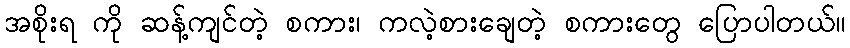
အစိုးရ ကို ဆန့်ကျင်တဲ့ စကား၊ ကလဲ့စားချေတဲ့ စကားတွေ ပြောပါတယ်။